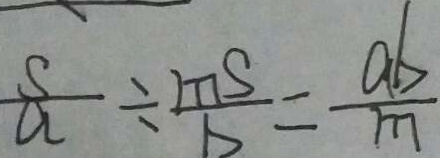
\frac { s } { a } \div \frac { m s } { b } = \frac { a b } { m }